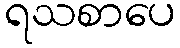
ရသစာပေ